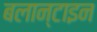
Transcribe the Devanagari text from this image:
बलान्टाइन